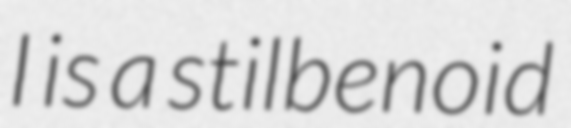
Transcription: I is a stilbenoid